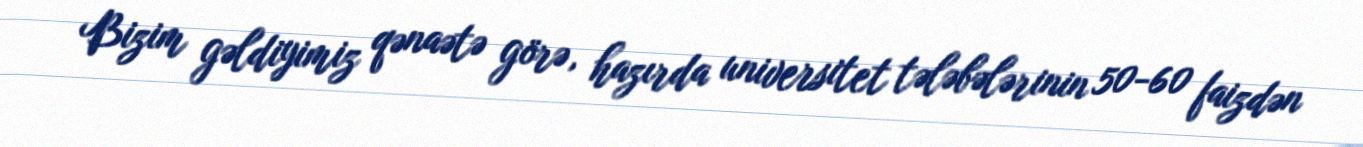
Bizim gəldiyimiz qənaətə görə, hazırda universitet tələbələrinin 50-60 faizdən